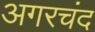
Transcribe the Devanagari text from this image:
अगरचंद